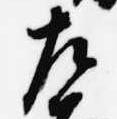
左